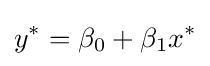
y^{*}=\beta _{0}+\beta _{1}x^{*}